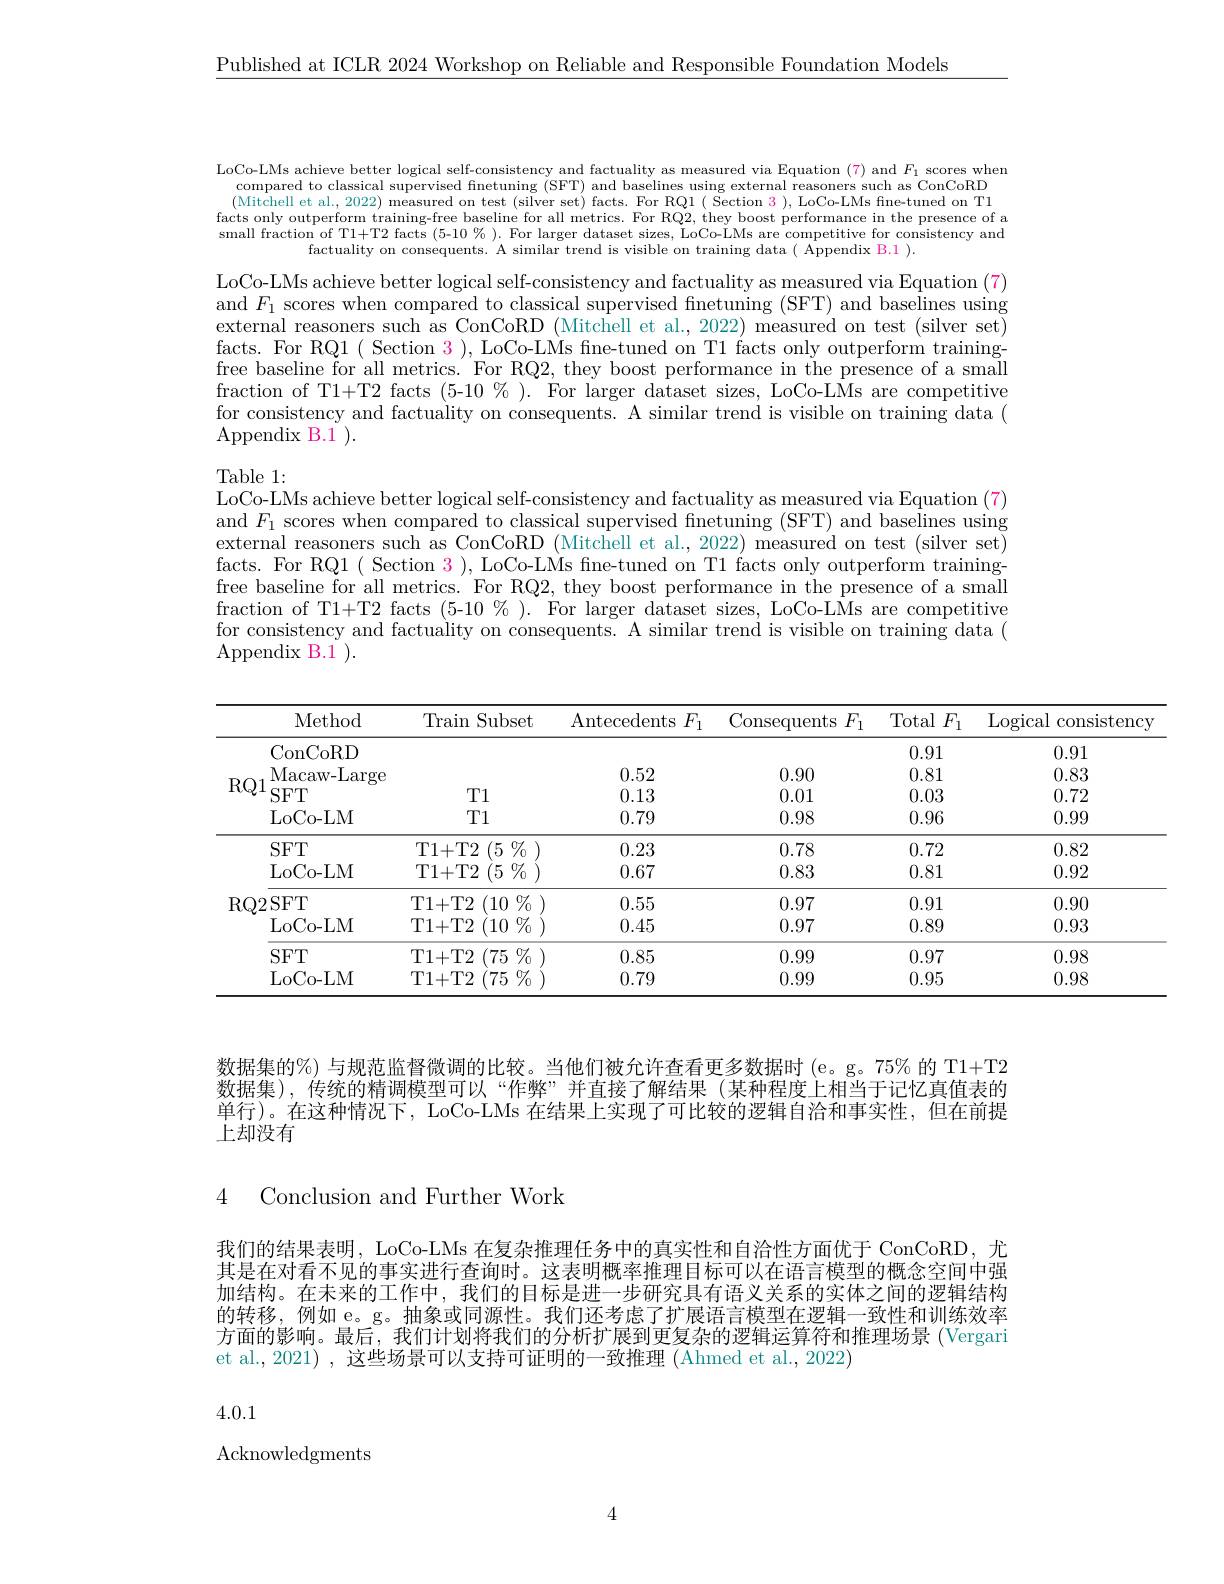
Published at ICLR 2024 Workshop on Reliable and Responsible Foundation Models

LoCo-LMs achieve better logical self-consistency and factuality as measured via Equation (7) and $F_1$ scores when
compared to classical supervised fınetuning (SFT) and baselines using external reasoners such as ConCoRD $(\bar{\text{Mitchell et al., 2022) measured on test }}(\bar{\text{silver set}})$ facts. For RQl $(\bar{\text{Section 3}})$, LoCo-LMs fine-tuned on Tl facts only outperform training-free baseline for all metrics. For RQ2, they boost performance in the presence of a small fraction of T1+T2 facts (5-10% ). For larger dataset sizes, LoCo-LMs are competitive for consistency and
factuality on consequents. A similar trend is visible on training data( $\dot{\text{Appendix B.1 }}).$

LoCo-LMs achieve better logical self-consistency and factuality as measured via Equation (7) and $F_1$ scores when compared to classical supervised finetuning (SFT) and baselines using external reasoners such as ConCoRD (Mitchell et al., 2022) measured on test (silver set) facts. For RQ1( Section 3), LoCo-LMs fne-tuned on T1 facts only outperform trainingfree baseline for all metrics. 'For RQ2, they boost performance in the presence of a small fraction of T1+T2 facts (5-10%). For larger dataset sizes, LoCo-LMs are competitive for consistency and factuality on consequents. A similar trend is visible on training data ( Appendix B. 1 ).

Table 1:
LoCo-LMs achieve better logical self-consistency and factuality as measured via Equation (7) and $F_1$ scores when compared to classical supervised finetuning (SFT) and baselines using external reasoners such as ConCoRD (Mitchell et al., 2022) measured on test (silver set) facts. For RQ1( Section 3 ), LoCo-LMs fine-tuned on T1 facts only outperform trainingfree baseline for all metrics. For RQ2, they boost performance in the presence of a small fraction of T1+T2 facts (5-10%). For larger dataset sizes, LoCo-LMs are competitive for consistency and factuality on consequents. A similar trend is visible on training data ( Appendix B.1 ).

<table>
	<tbody>
		<tr>
			<th>Method</th>
			<th>Train Subset</th>
			<th>$;F_{1}$ Antecedents</th>
			<th>consequents $F_{\mathbf{l}}$</th>
			<th>Total $F_{\mathrm{l}}$</th>
			<th>Logical consisten</th>
		</tr>
		<tr>
			<td>ConCoRD</td>
			<td> </td>
			<td> </td>
			<td> </td>
			<td>0.91</td>
			<td>0.91</td>
		</tr>
		<tr>
			<td>Macaw- Large</td>
			<td> </td>
			<td>0.52</td>
			<td>0.90</td>
			<td>0.81</td>
			<td>0.83</td>
		</tr>
		<tr>
			<td>$SFT$</td>
			<td>T1</td>
			<td>0.13</td>
			<td>0.01</td>
			<td>0.03</td>
			<td>0.72</td>
		</tr>
		<tr>
			<td>LoCo- LM</td>
			<td>T1</td>
			<td>0.79</td>
			<td>0.98</td>
			<td>0.96</td>
			<td>0.99</td>
		</tr>
		<tr>
			<td>$SFT$</td>
			<td>$(5\%)$ T1+T2</td>
			<td>0.23</td>
			<td>0.78</td>
			<td>0.72</td>
			<td>0.82</td>
		</tr>
		<tr>
			<td>LoCo- LM</td>
			<td>$(5\%$ T1+T2</td>
			<td>0.67</td>
			<td>0.83</td>
			<td>0.81</td>
			<td>0.92</td>
		</tr>
		<tr>
			<td>RO2SFT</td>
			<td>T1+T2 (10 $\%$</td>
			<td>0.55</td>
			<td>0.97</td>
			<td>0.91</td>
			<td>0.90</td>
		</tr>
		<tr>
			<td>LoCo- LM</td>
			<td>T1+ T2 (10 $\% _{0}$ )</td>
			<td>0.45</td>
			<td>0.97</td>
			<td>0.89</td>
			<td>0.93</td>
		</tr>
		<tr>
			<td>$SFT$</td>
			<td>T1+T2 (75 $;\%$</td>
			<td>0.85</td>
			<td>0.99</td>
			<td>0.97</td>
			<td>0.98</td>
		</tr>
		<tr>
			<td>LoCo- LM</td>
			<td>$(75\%$ T1+T2</td>
			<td>0.79</td>
			<td>0.99</td>
			<td>0.95</td>
			<td>0.98</td>
		</tr>
	</tbody>
</table>

数据集的%) 与规范监督微调的比较。当他们被允许查看更多数据时 (e。g。75% 的 T1+T2数据集),传统的精调模型可以“作弊”并直接了解结果(某种程度上相当于记忆真值表的单行)。在这种情况下，LoCo-LMs 在结果上实现了可比较的逻辑自洽和事实性，但在前提上却没有

4 Conclusion and Further Work

我们的结果表明，LoCo-LMs 在复杂推理任务中的真实性和自洽性方面优于 ConCoRD,尤其是在对看不见的事实进行查询时。这表明概率推理目标可以在语言模型的概念空间中强加结构。在未来的工作中，我们的目标是进一步研究具有语义关系的实体之间的逻辑结构的转移，例如 e。g。抽象或同源性。我们还考虑了扩展语言模型在逻辑一致性和训练效率方面的影响。最后，我们计划将我们的分析扩展到更复杂的逻辑运算符和推理场景 (Vergari et al., 2021) , 这些场景可以支持可证明的一致推理 (Ahmed et al., 2022)

4.0.1

Acknowledgments

4